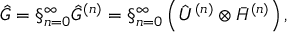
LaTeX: \hat { G } = \S _ { n = 0 } ^ { \infty } \hat { G } ^ { ( n ) } = \S _ { n = 0 } ^ { \infty } \left( \hat { \cal U } ^ { ( n ) } \otimes { \bar { \cal H } } ^ { ( n ) } \right) ,